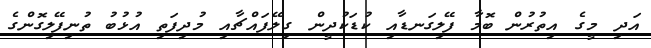
އަދި މީގެ އިތުރުން ބޮމާ ފޭލިގަނޑާއި ކުޑަކުދީން ގިލޭފައްޗާއި މުދިފަތި އުޅުބު ތުނިފޭލިގޮންގެ